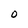
Character: O